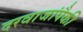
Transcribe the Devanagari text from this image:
दरवाजांपैकी